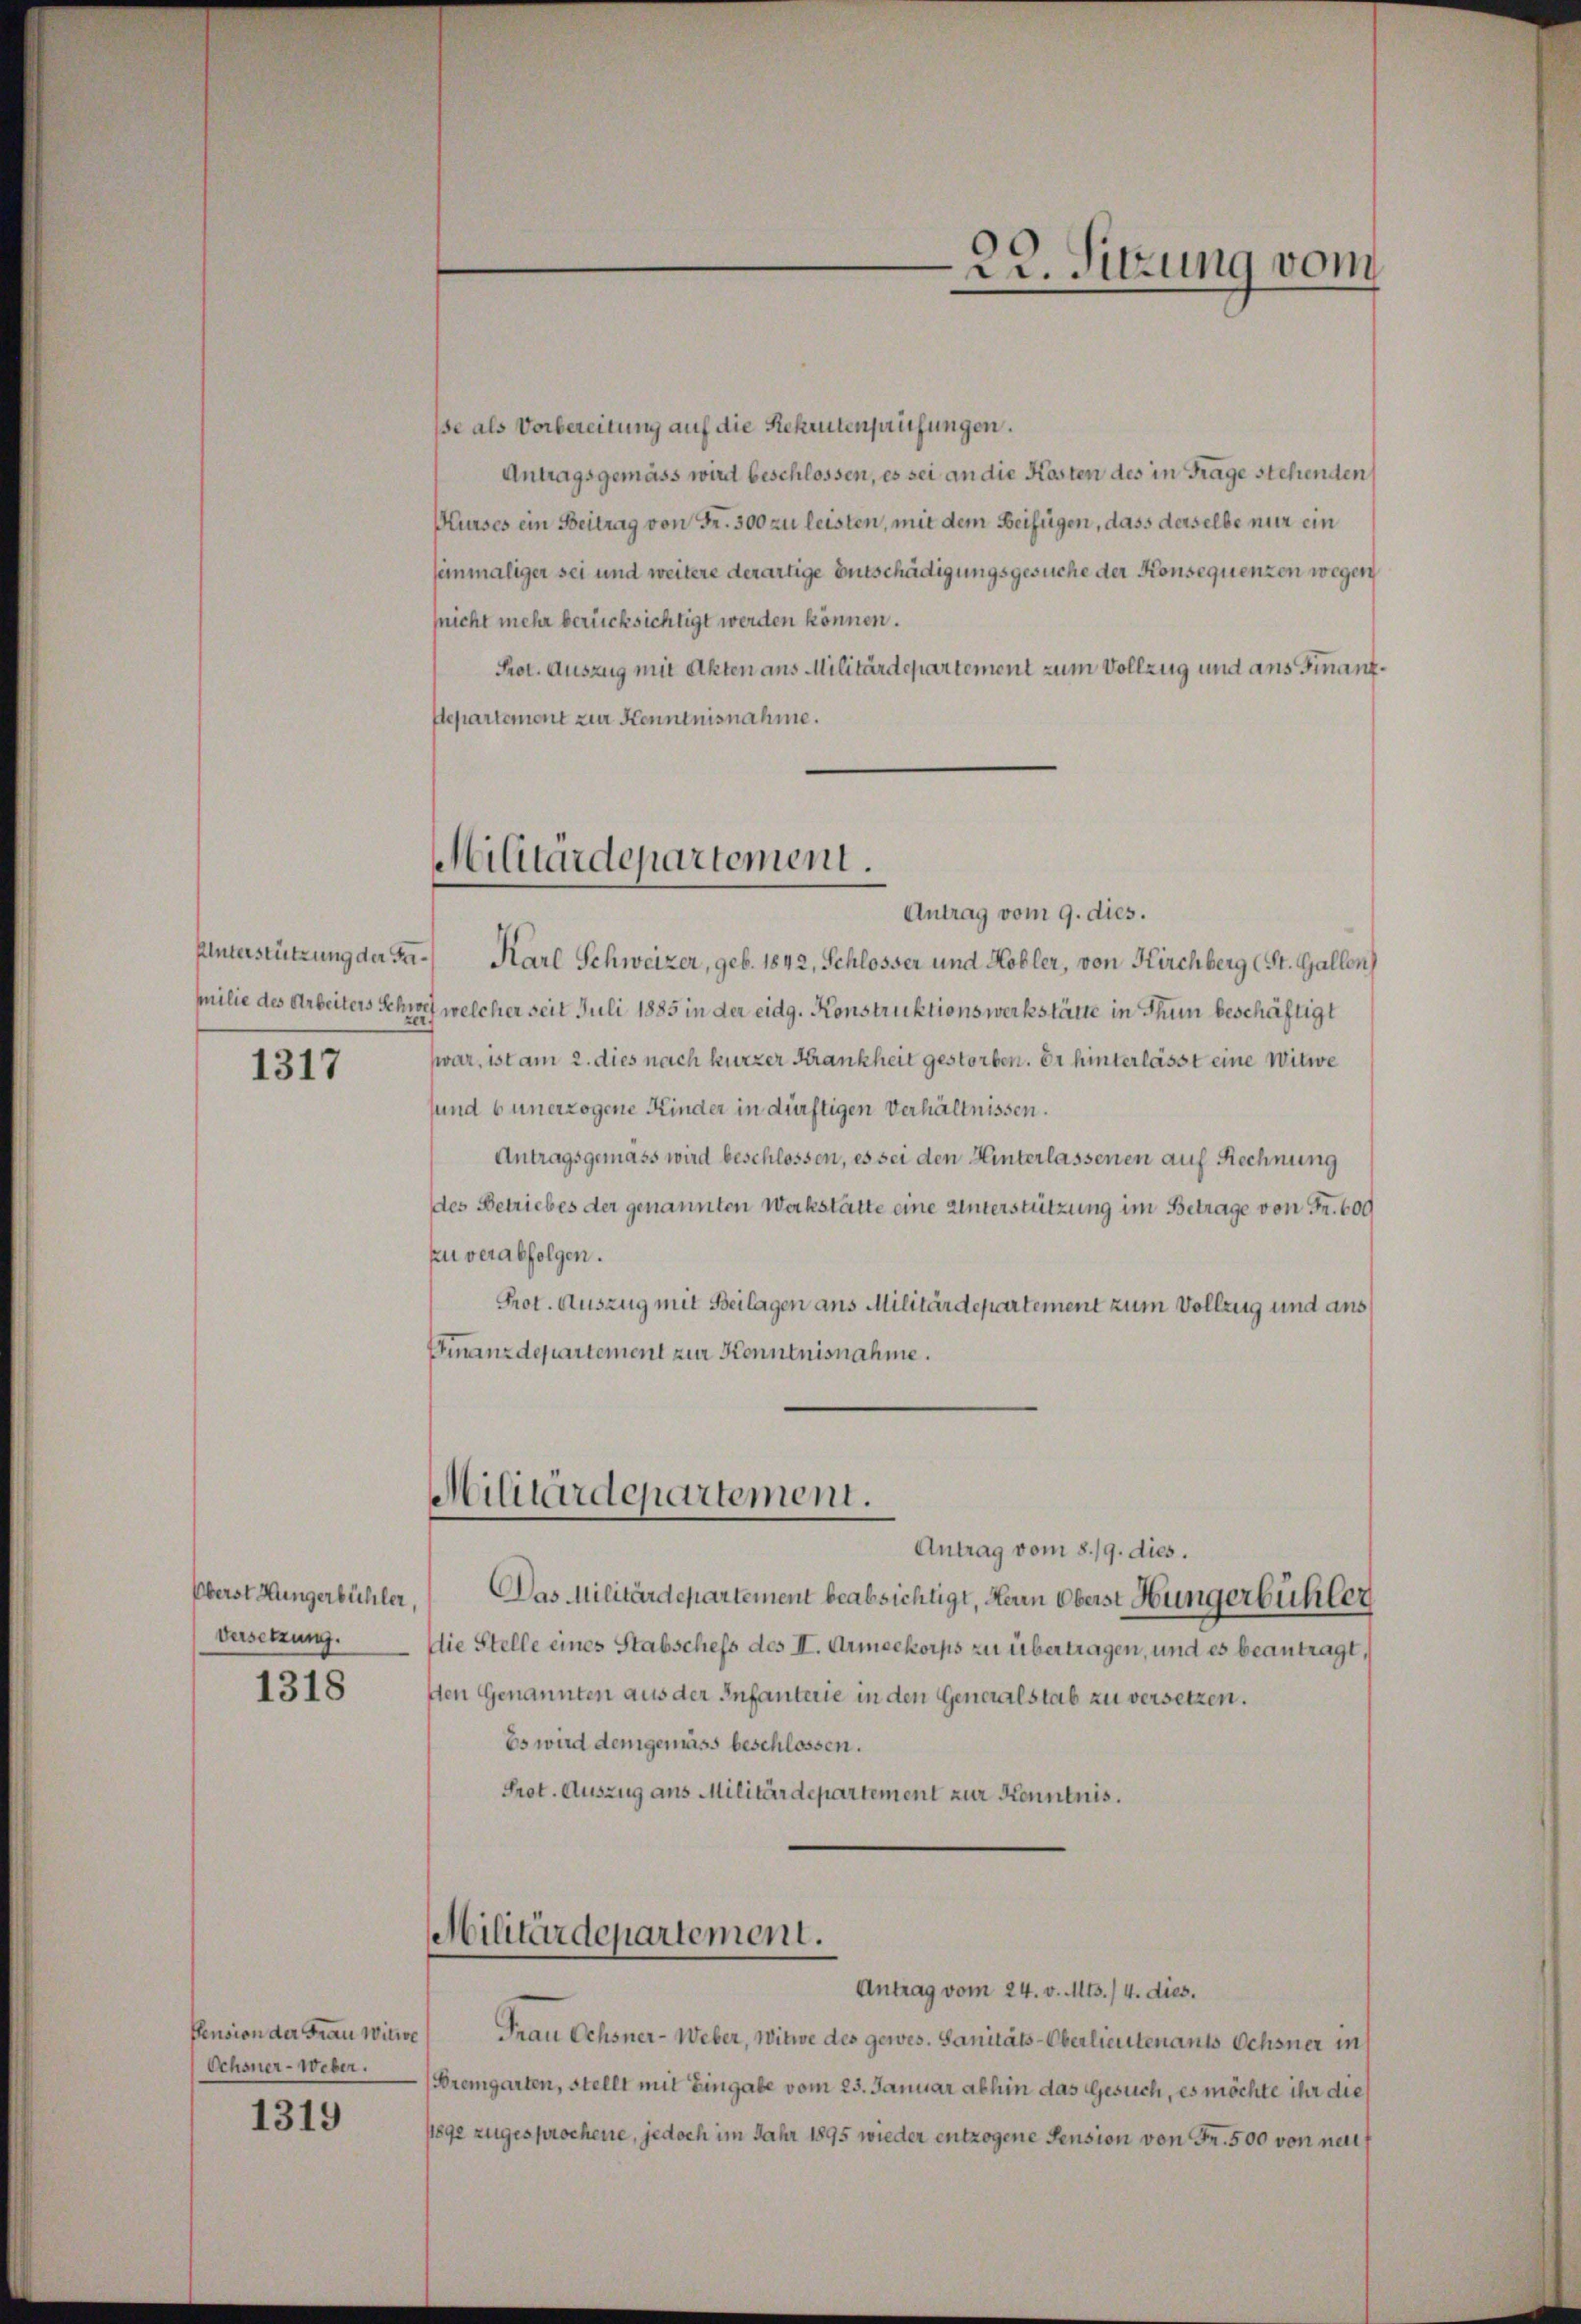
Unterstützung der Familie des Arbeiters Schw

1317

Oberst Hungerbüchler,
Versetzung.

1318

Schöner-Weber.
1319

ße als Vorbereitung auf die Rekrutenprüfungen.
Antragsgemäss wird beschlossen, es sei an die Kosten des in Frage stehenden
Kurses ein Beitrag von Fr. 300 zu leisten, mit dem Beifügen, dass derselbe nur ein
seinmaliger sei und weitere derartige Entschädigungsgesuche der Konsequenzen wegen
snicht mehr berücksichtigt werden können.
Prot. Auszug mit Akten aus Militärdepartement zum Vollzug und aus Finanz¬
Departement zur Kenntnisnahme.
Militärdepartement.

Militärdepartement.

Antrag vom 9. dies.
Karl Schweizer, geb. 1842, Schlosser und Kobler, von Kirchberg (St. Gallen)
welcher seit Juli 1885 in der eidg. Konstruktionswerkstätte in Thun beschäftigt
war, ist am 2. dies nach kurzer Krankheit gestorben. Er hinterlässt eine Witwe
sund 6 unerzogene Kinder in dürftigen Verhältnissen.
Antragsgemäss wird beschlossen, es sei den Hinterlassenen auf Rechnung
des Betriebes der genannten Werkstatte eine Unterstützung im Betrage von Fr. 600
zu verabfolgen.
Prot. Auszug mit Beilagen ans Militärdepartement zum Vollzug und aus
Finanzdepartement zur Kenntnisnahme.
Militärdepartement.
Antrag vom 8./9. dies.
Das Militärdepartement beabsichtigt, Herrn Oberst Hungerbühler
die Stelle eines Stabschefs des II. Armeekorps zu übertragen, und es beantragt,
den Genannten aus der Infanterie in den Generalstab zu versetzen.
Es wird demgemäss beschlossen.
Prot. Auszug aus Militärdepartement zur Kenntnis.

22. Sitzung vom

Antrag vom 24. v. Mts./4. dies.
Pension der Frau Witwe Frau Ochsner-Weber, Witwe des gewes. Sanitäts-Oberlieutenants Ochsner in
(Bremgarten, stellt mit Eingabe vom 23. Januar abhin das Gesuch, es möchte ihr die
1892 zugesprochene, jedoch im Jahr 1895 wieder entzogene Pension von Fr. 500 von nach